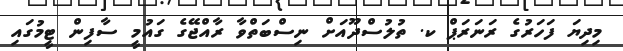
މިދިޔަ ފަހަރުގެ ރަނަރަޕް ކ. ތުލުސްދޫއަށް ނިސްބަތްވާ ރާއްޖޭގެ ގައުމީ ސާފިން ޓީމުގައި